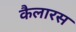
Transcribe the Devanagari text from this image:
कैलारस